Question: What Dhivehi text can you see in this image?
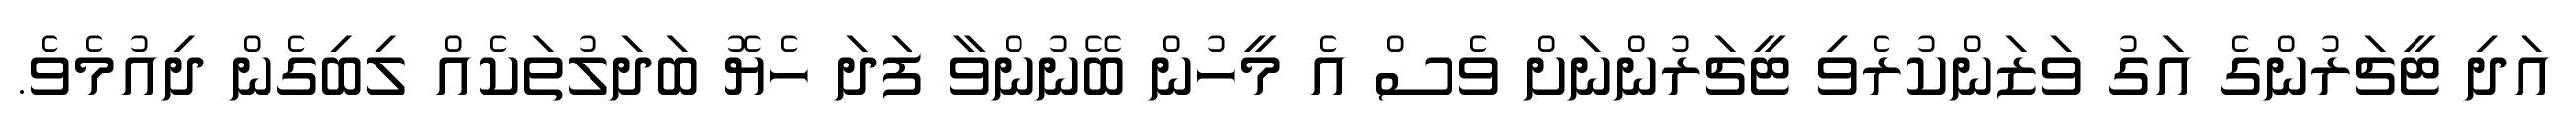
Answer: އަދި ޓީޗަރުންގެ އަގު ވަޒަންކުރެވި ޓީޗަރުންނަށް ވެސް އެ މީހުން ބޭނުންވާ ފަދަ ހެޔޮ ބަދަލުތަކެއް ލިބިގެން ދިއުމެވެ.